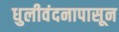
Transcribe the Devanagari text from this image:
धुलीवंदनापासून